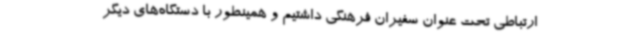
ارتباطی تحت عنوان سفیران فرهنگی داشتیم و همینطور با دستگاه‌های دیگر